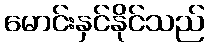
မောင်းနှင်နိုင်သည်